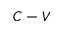
C - V